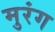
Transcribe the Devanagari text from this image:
मुरंग